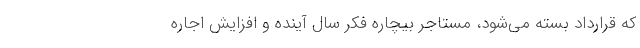
که قرارداد بسته می‌شود، مستاجر بیچاره فکر سال آینده و افزایش اجاره